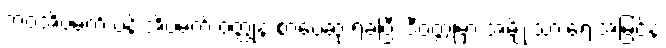
ဘဝအိပ်မက် ပန်းအိပ်မက် ဝတ္ထုနဲ့ စာပေဆု ရခဲ့ပြီး ဒီဝတ္ထုမှာ အမျိုးသားရေးအမြင်နဲ့